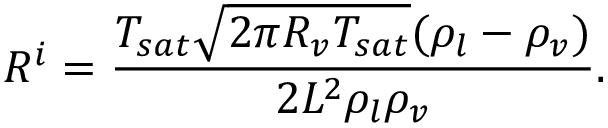
R ^ { i } = \frac { T _ { s a t } \sqrt { 2 \pi R _ { v } T _ { s a t } } ( \rho _ { l } - \rho _ { v } ) } { 2 { \cal L } ^ { 2 } \rho _ { l } \rho _ { v } } .